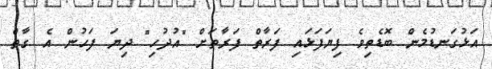
އަޅުގަނޑުމެން ބޮޑެތިވެ ފިޔަފަޅައި ފަރާތް ފަރާތަށް "އުދުހި" ދިޔަ ފަހުން އެ ގާތް